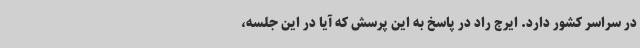
در سراسر کشور دارد. ایرج راد در پاسخ به این پرسش که آیا در این جلسه،